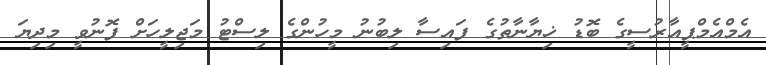
އެމްއެމްޕީއާރުސީގެ ބޮޑު ޚިޔާނާތުގެ ފައިސާ ލިބުނު މީހުންގެ ލިސްޓު މަޖިލީހަށް ފޮނުވީ މިދިޔަ